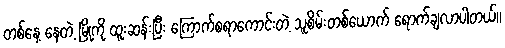
တစ်နေ့ နေတဲ့ မြို့ကို ထူးဆန်းပြီး ကြောက်စရာကောင်းတဲ့ သူစိမ်းတစ်ယောက် ရောက်ချလာပါတယ်။